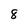
Character: 8